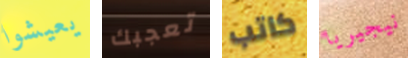
يعيشوا تعجبك كاتب نيجيريا